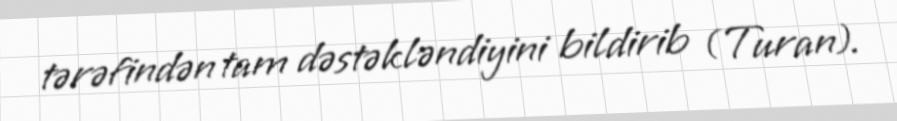
tərəfindən tam dəstəkləndiyini bildirib (Turan).